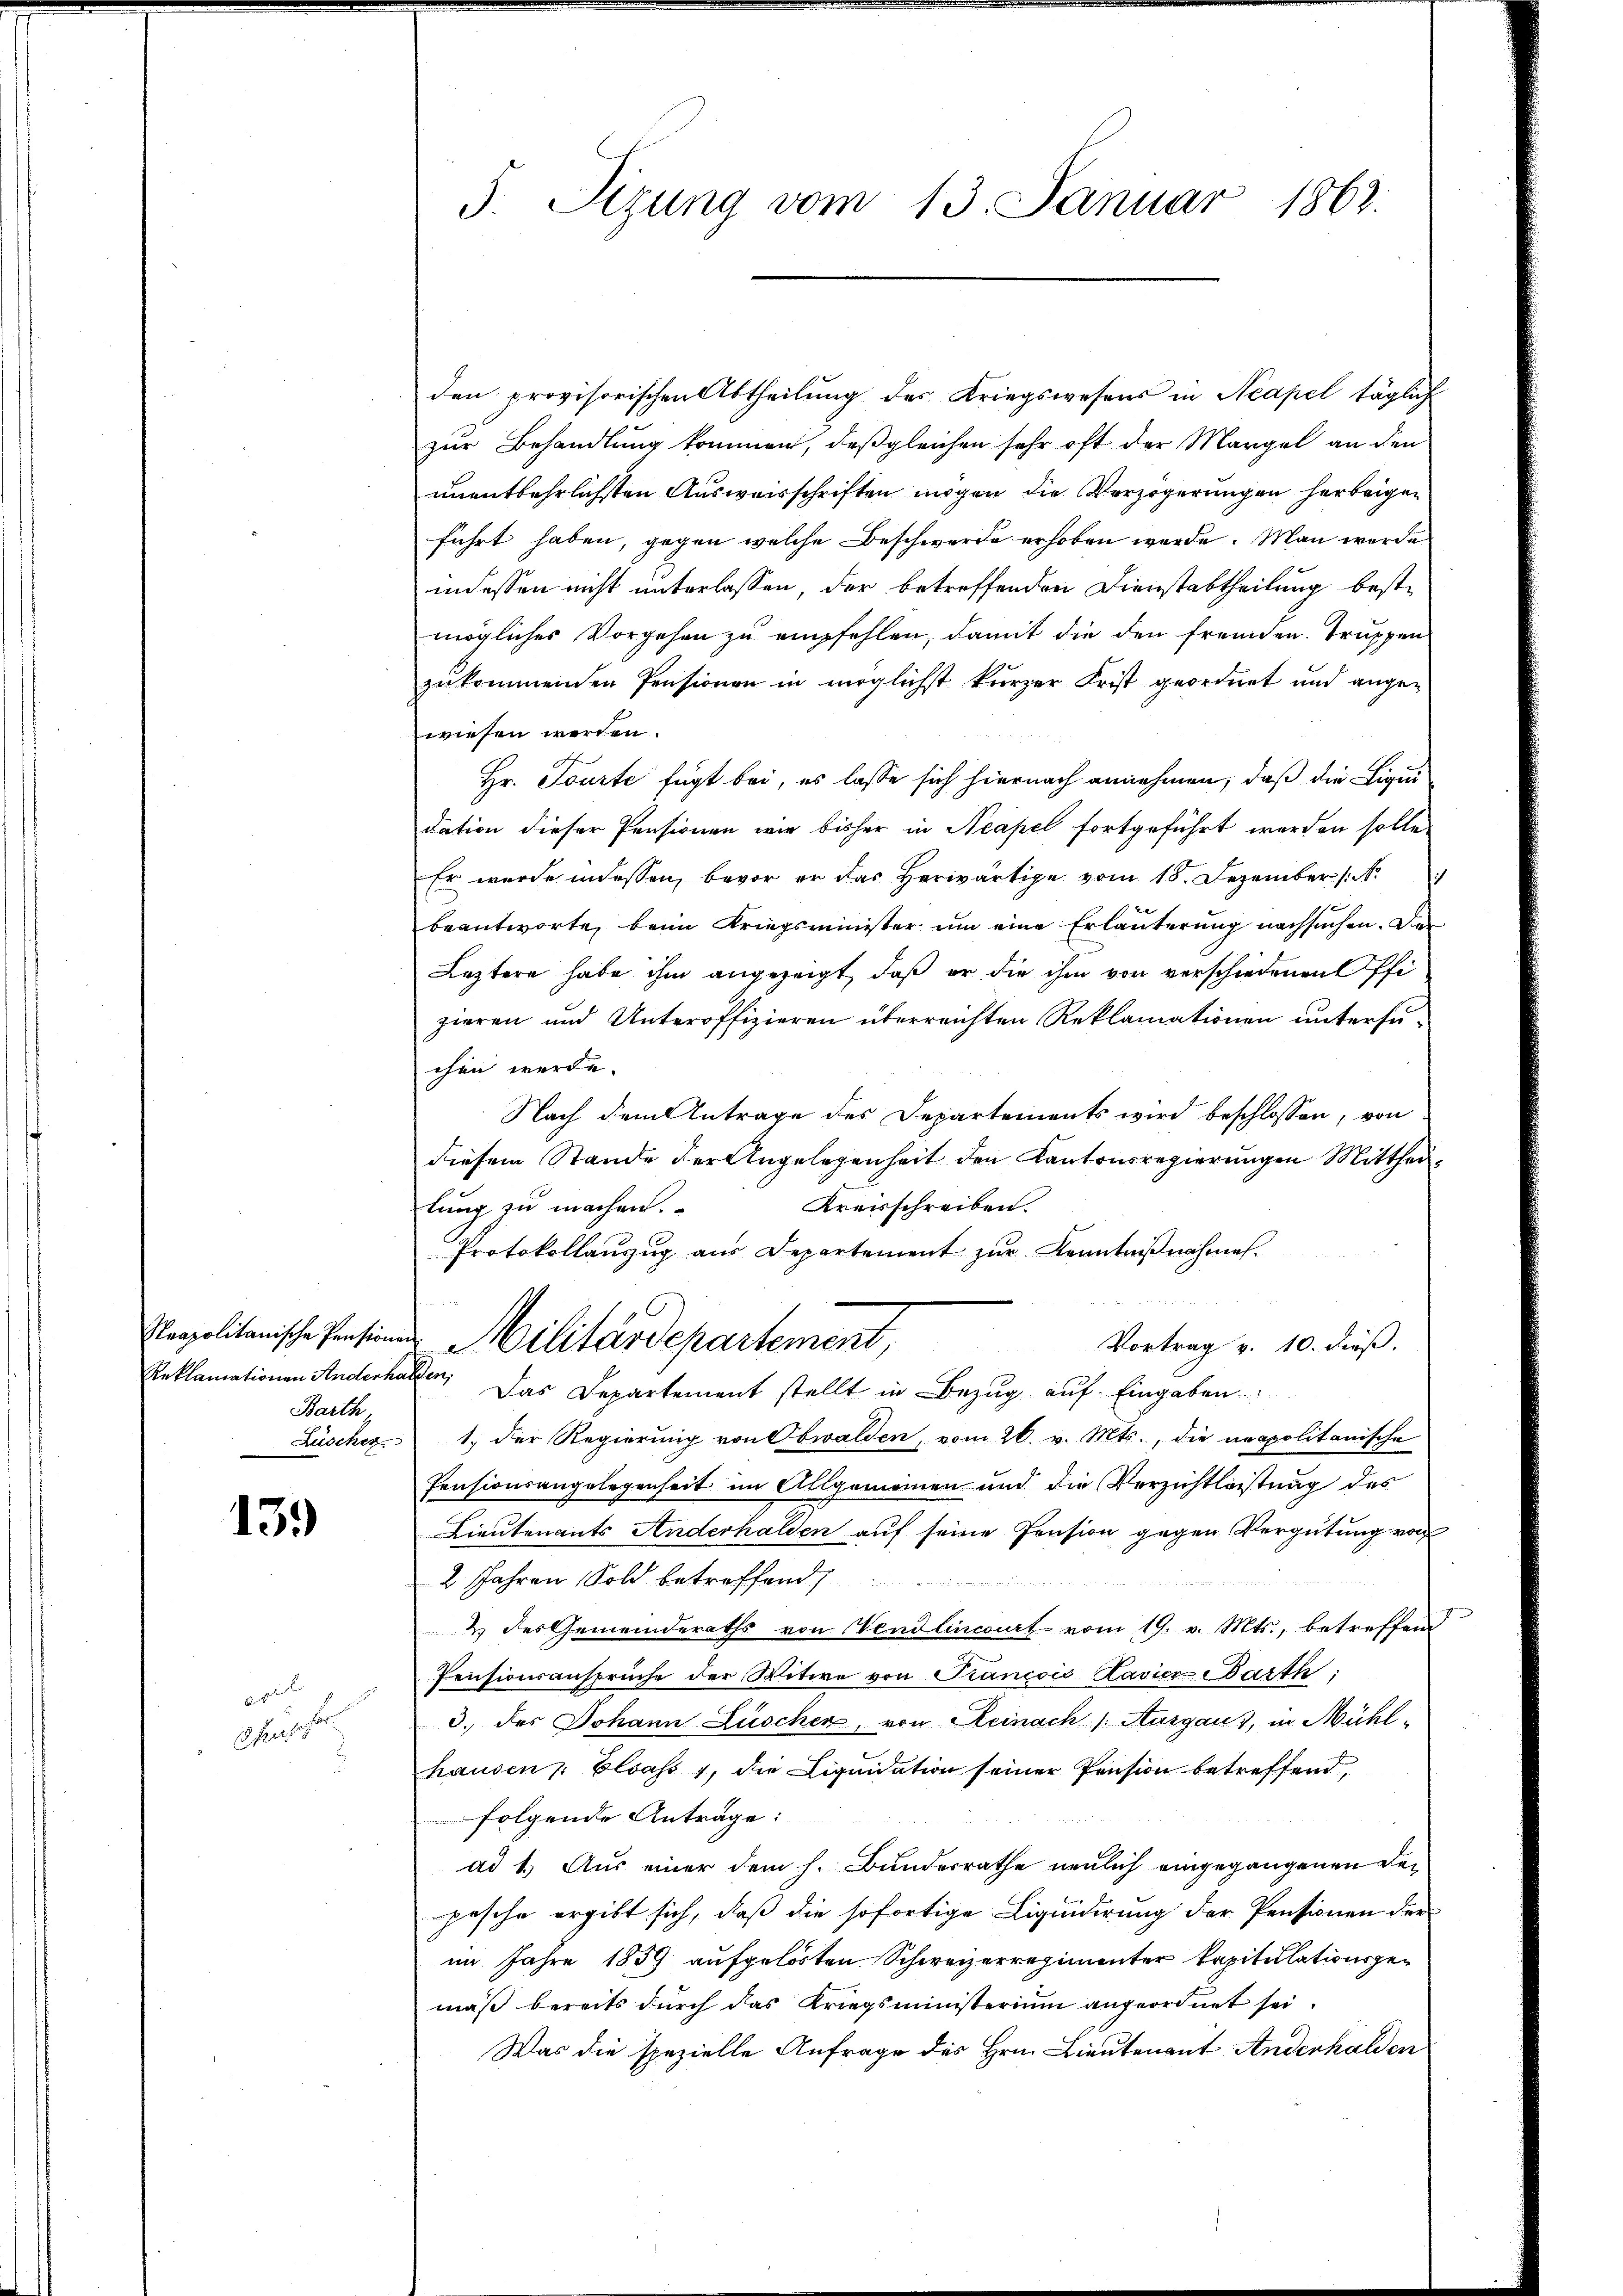
Barth

139

. per

Chasser

3. Sizung vom 13. Januar 1863.

den provisorischen Abtheilung des Kriegswesens in Neapel täglich
zur Behandlung kommen, daß gleichen sehr oft der Margel an den
unentbehrlichsten Ausweisschriften mögen die Verzögerungen herbeigeführt haben, gegen welche Beschwerde erhoben werde. Man werde
indessen nicht unterlassen, der betreffenden Dienstabtheilung beste
mögliches Vorgehen zu empfehlen, damit die den fremden Truppen
zukommenden Pensionen in möglichst kurzer Frist geordnet und ange-
wiesen werden.
Hr. Tourte fügt bei, es lasse sich hiernach annehmen, daß die Liquidation dieser Pensionen wie bisher in Neapel fortgeführt werden solle,
Er wurde in dessen, bevor er das herwärtige vom 18. Dezember
beantworte, beim Kriegsminister um eine Erläuterung nachsuchen. Das
Leztere habe ihm angezeigt, daß er die ihm von verschiedenen Pfizieren und Unteroffizieren überreichten Reklamationen untersuchen werde.
Nach dem Antrage des Departements wird beschlossen, von
diesem Stande der Angelegenheit den Kantonsregierungen Mitthei¬
Kreisschreiben.
lung zu machen.
Protokollanzug aus Departement zŭr Kenntnißnahmen.
Peapolitanische Pensionen Militärdepartement,
Vortrag v. 10. dieß.
Reklamationen Anderhalten; Das Departement stellt in Bezug auf Eingaben
Lüscher 1.) Der Regierung von Obwalden, vom 26. v. Mts., die neapolitanische
Pensionsangelegenheit im Allgemeinen und die Verzichtleistung des
Lieutenants Anderhalden auf seine Pension gegen Vergütung von
2 Jahren Sold betreffend

2 des Gemeinderaths von endlincourt vom 19. v. Mts., betreffend
Pensionsansprüche der Witwe von Francois Kavier Parth
3. des Johann Lüschen, von Reinach /: Margaus, in Mühl
hausen Elsass, die Liquidation seiner Pension betreffend
folgende Antrage:
ad 1.) Aus einer dem h. Bundesrathe neulich eingegangenen Depesche ergibt sich, daß die sofortige Liquidirung der Pensionen der
im Jahre 1859 aufgelösten Schweizerregimenter kapitulationsgemäß bereits durch das Kriegsministerium angeordnet sei.
Was die spezielle Anfrage des Hrn. Lieutenant Anderhalden